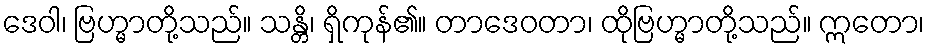
ဒေဝါ၊ ဗြဟ္မာတို့သည်။ သန္တိ၊ ရှိကုန်၏။ တာဒေဝတာ၊ ထိုဗြဟ္မာတို့သည်။ ဣတော၊